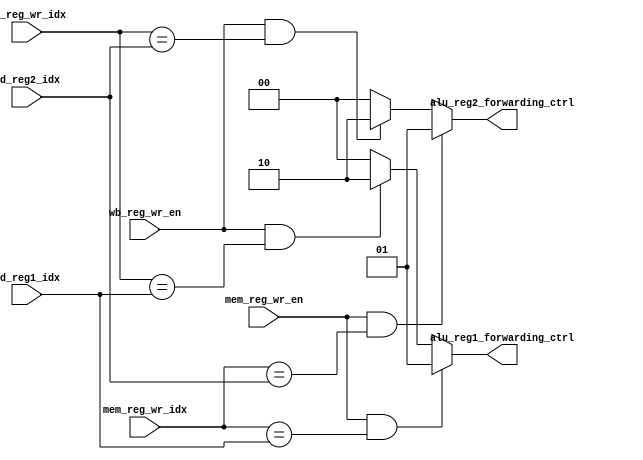
`timescale 1ns / 1ps
//////////////////////////////////////////////////////////////////////////////////
// Company: 
// Engineer: 
// 
// Design Name: 
// Module Name: Forwording
// Project Name: 
// Target Devices: 
// Tool Versions: 
// Description: 
// 
// Dependencies: 
// 
// Revision:
// Revision 0.01 - File Created
// Additional Comments:
// 
//////////////////////////////////////////////////////////////////////////////////


module Forwording(
    input [4:0] id_reg1_idx,
    input [4:0] id_reg2_idx,
    input wb_reg_wr_en,
    input [4:0] wb_reg_wr_idx,
    input [4:0] mem_reg_wr_idx,
    input mem_reg_wr_en,
    output reg [1:0] alu_reg1_forwarding_ctrl,//0,1alu,2data
    output reg [1:0] alu_reg2_forwarding_ctrl 
    );
    always@(*)
    begin
        /*
        if (wb_reg_wr_en && (wb_reg_wr_idx==id_reg1_idx)) alu_reg1_forwarding_ctrl=2;
        else if (mem_reg_wr_en && (mem_reg_wr_idx==id_reg1_idx)) alu_reg1_forwarding_ctrl=2;
        else alu_reg1_forwarding_ctrl=0;

        if (wb_reg_wr_en && (wb_reg_wr_idx==id_reg2_idx)) alu_reg2_forwarding_ctrl=1;
        else if (mem_reg_wr_en && (mem_reg_wr_idx==id_reg2_idx)) alu_reg2_forwarding_ctrl=2;
        else alu_reg2_forwarding_ctrl=0;
        */
        if (mem_reg_wr_en && (mem_reg_wr_idx==id_reg1_idx)) alu_reg1_forwarding_ctrl=1;
        else if (wb_reg_wr_en && (wb_reg_wr_idx==id_reg1_idx)) alu_reg1_forwarding_ctrl=2;
        else alu_reg1_forwarding_ctrl=0;

        if (mem_reg_wr_en && (mem_reg_wr_idx==id_reg2_idx)) alu_reg2_forwarding_ctrl=1;
        else if (wb_reg_wr_en && (wb_reg_wr_idx==id_reg2_idx)) alu_reg2_forwarding_ctrl=2;
        else alu_reg2_forwarding_ctrl=0;
    end
endmodule